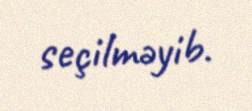
seçilməyib.